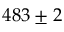
4 8 3 \pm 2